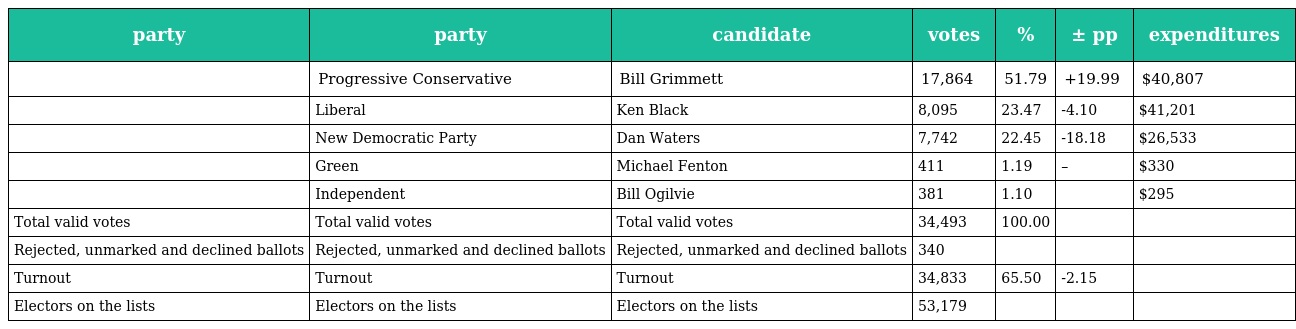
| party | party | candidate | votes | % | ± pp | expenditures |
 | --- | --- | --- | --- | --- | --- | --- |
 |  | Progressive Conservative | Bill Grimmett | 17,864 | 51.79 | +19.99 | $40,807 |
 |  | Liberal | Ken Black | 8,095 | 23.47 | -4.10 | $41,201 |
 |  | New Democratic Party | Dan Waters | 7,742 | 22.45 | -18.18 | $26,533 |
 |  | Green | Michael Fenton | 411 | 1.19 | – | $330 |
 |  | Independent | Bill Ogilvie | 381 | 1.10 |  | $295 |
 | Total valid votes | Total valid votes | Total valid votes | 34,493 | 100.00 |  |  |
 | Rejected, unmarked and declined ballots | Rejected, unmarked and declined ballots | Rejected, unmarked and declined ballots | 340 |  |  |  |
 | Turnout | Turnout | Turnout | 34,833 | 65.50 | -2.15 |  |
 | Electors on the lists | Electors on the lists | Electors on the lists | 53,179 |  |  |  |